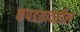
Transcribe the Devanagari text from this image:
कपडय़ावरील